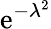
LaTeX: \mathrm{e}^{-\lambda^{2}}